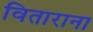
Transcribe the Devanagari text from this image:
विताराना